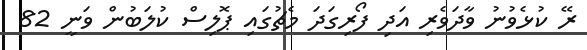
ރޭ ކުޅެވުނު ވާދަވެރި އަދި ފޯރިގަދަ މެޗުގައި ޕޮލިސް ކުލަބުން ވަނީ 82